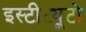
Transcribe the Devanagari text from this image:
इस्टीट्यूटो